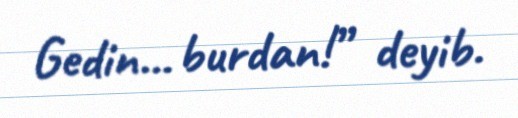
Gedin... burdan!” deyib.